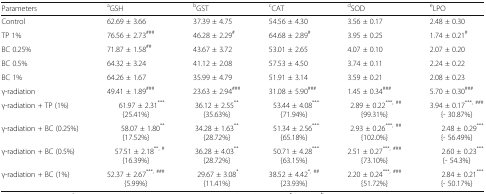
<table><thead><tr><td><b>Parameters</b></td><td><b><sup>a</sup>GSH</b></td><td><b><sup>b</sup>GST</b></td><td><b><sup>c</sup>CAT</b></td><td><b><sup>d</sup>SOD</b></td><td><b><sup>e</sup>LPO</b></td></tr></thead><tbody><tr><td>Control</td><td>62.69 ± 3.66</td><td>37.39 ± 4.75</td><td>54.56 ± 4.30</td><td>3.56 ± 0.17</td><td>2.48 ± 0.30</td></tr><tr><td>TP 1%</td><td>76.56 ± 2.73<sup>###</sup></td><td>46.28 ± 2.29<sup>#</sup></td><td>64.68 ± 2.89<sup>#</sup></td><td>3.95 ± 0.25</td><td>1.74 ± 0.21<sup>#</sup></td></tr><tr><td>BC 0.25%</td><td>71.87 ± 1.58<sup>##</sup></td><td>43.67 ± 3.72</td><td>53.01 ± 2.65</td><td>4.07 ± 0.10</td><td>2.07 ± 0.20</td></tr><tr><td>BC 0.5%</td><td>64.32 ± 3.24</td><td>41.12 ± 2.08</td><td>57.53 ± 4.50</td><td>3.74 ± 0.11</td><td>2.24 ± 0.22</td></tr><tr><td>BC 1%</td><td>64.26 ± 1.67</td><td>35.99 ± 4.79</td><td>51.91 ± 3.14</td><td>3.59 ± 0.21</td><td>2.08 ± 0.23</td></tr><tr><td>γ-radiation</td><td>49.41 ± 1.89<sup>###</sup></td><td>23.63 ± 2.94<sup>###</sup></td><td>31.08 ± 5.90<sup>###</sup></td><td>1.45 ± 0.34<sup>###</sup></td><td>5.70 ± 0.30<sup>###</sup></td></tr><tr><td>γ-radiation + TP (1%)</td><td>61.97 ± 2.31<sup>***</sup>{25.41%}</td><td>36.12 ± 2.55<sup>**</sup>{35.63%}</td><td>53.44 ± 4.08<sup>***</sup>{71.94%}</td><td>2.89 ± 0.22<sup>***, ##</sup>{99.31%}</td><td>3.94 ± 0.17<sup>***, ###</sup>{- 30.87%}</td></tr><tr><td>γ-radiation + BC (0.25%)</td><td>58.07 ± 1.80<sup>**</sup>{17.52%}</td><td>34.28 ± 1.63<sup>**</sup>{28.72%}</td><td>51.34 ± 2.56<sup>***</sup>{65.18%}</td><td>2.93 ± 0.26<sup>***, ##</sup>{102.0%}</td><td>2.48 ± 0.29<sup>***</sup>{- 56.49%}</td></tr><tr><td>γ-radiation + BC (0.5%)</td><td>57.51 ± 2.18<sup>**, #</sup>{16.39%}</td><td>36.28 ± 4.03<sup>**</sup>{28.72%}</td><td>50.71 ± 4.28<sup>***</sup>{63.15%}</td><td>2.51 ± 0.27<sup>***, ###</sup>{73.10%}</td><td>2.60 ± 0.23<sup>***</sup>{- 54.3%}</td></tr><tr><td>γ-radiation + BC (1%)</td><td>52.37 ± 2.67<sup>***, ###</sup>{5.99%}</td><td>29.67 ± 3.08<sup>*</sup>{11.41%}</td><td>38.52 ± 4.42<sup>*, ##</sup>{23.93%}</td><td>2.20 ± 0.24<sup>***, ###</sup>{51.72%}</td><td>2.84 ± 0.21<sup>***</sup>{- 50.17%}</td></tr></tbody></table>